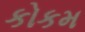
કોકમ